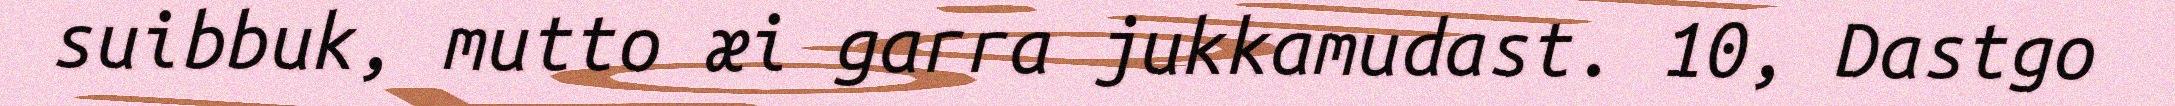
suibbuk, mutto æi garra jukkamudast. 10, Dastgo